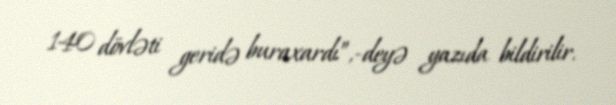
140 dövləti geridə buraxardı”,-deyə yazıda bildirilir.